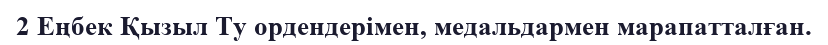
2 Еңбек Қызыл Ту ордендерімен, медальдармен марапатталған.